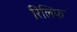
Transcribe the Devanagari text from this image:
रिलिफ